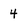
Character: 4